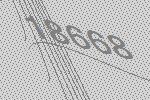
18668